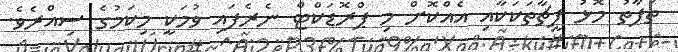
ތަފާތު މޮޅު ފީޗާތަކަކާއި އެއްކޮށް މި ޕްރޮޑަކްޓް ނެރެފައި ވުމަކީ މިކަމުގެ ސިއްރެވެ.